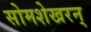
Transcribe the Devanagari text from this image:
सोमशेखरन्